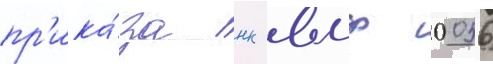
пр'ика́за нк вмф 0056